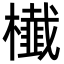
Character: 㰇